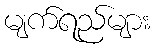
မျက်ရည်များ